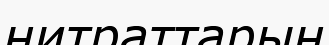
нитраттарын